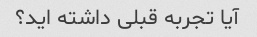
آیا تجربه قبلی داشته اید؟